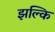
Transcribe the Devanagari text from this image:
झल्कि